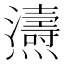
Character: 𤒵